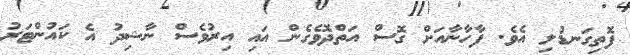
ފޮތިގަނޑުލި އެވެ. ފާހާނާއަށް ގޮސް އަތްދޮވެގެން އައި އިރުވެސް ނާޝިދު އެ ކައުންޓަރު